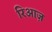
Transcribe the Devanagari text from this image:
रिआज़